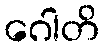
ဂေါတိ